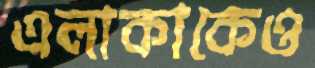
এলাকাকেও